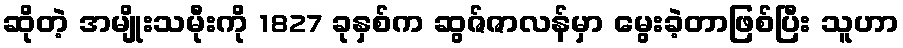
ဆိုတဲ့ အမျိုးသမီုးကို 1827 ခုနှစ်က ဆွဇ်ဇာလန်မှာ မွေးခဲ့တာဖြစ်ပြီး သူဟာ